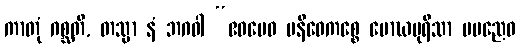
ကာတုံ ဂစ္ဆတိ, တသ္မာ နံ ဘဂဝါ “ဧဝမေဝ ပနိဓေကစ္စေ မောဃပုရိသာ မမညေဝ